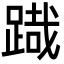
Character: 𮛯